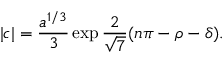
| c | = \frac { a ^ { 1 / 3 } } 3 \exp { \frac 2 { \sqrt 7 } ( n \pi - \rho - \delta ) } .